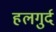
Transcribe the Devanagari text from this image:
हलगुर्द